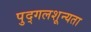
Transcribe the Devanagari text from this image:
पुद्गलशून्यता